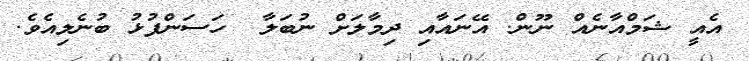
އެއީ ޝަމްއާނެއް ނޫން. އޭނައާއި ދިމާލަށް ނުބަލާ  ހަސަންފުޅު ބުނެލިއެވެ.